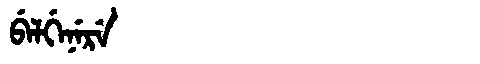
Manchu: ᠪᡝᠯᡤᡝᠨᡝᡵᡝ
Romanization: BELGENERE